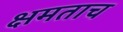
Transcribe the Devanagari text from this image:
क्षमताच